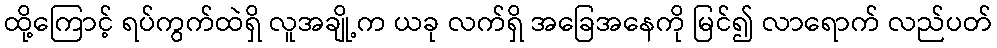
ထို့ကြောင့် ရပ်ကွက်ထဲရှိ လူအချို့က ယခု လက်ရှိ အခြေအနေကို မြင်၍ လာရောက် လည်ပတ်